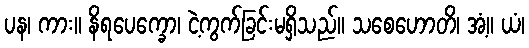
ပန၊ ကား။ နိရပေက္ခော၊ ငဲ့ကွက်ခြင်းမရှိသည်။ သစေဟောတိ၊ အံ့။ ယံ၊